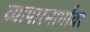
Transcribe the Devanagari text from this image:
व्यापारमार्गांवर